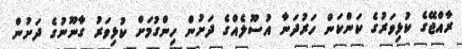
ރާއްޖޭގެ ކުޅިވަރުގެ ކަންކަން ހަރުދަނާ އުސޫލެެއްގެ ދަށުން ހިންގުމަށް ކުޅިވަރު ގާނޫނުގެ ދަށުން